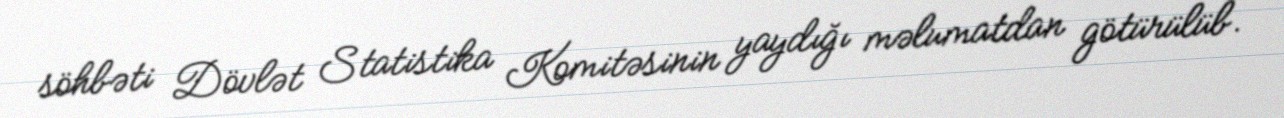
söhbəti Dövlət Statistika Komitəsinin yaydığı məlumatdan götürülüb.